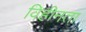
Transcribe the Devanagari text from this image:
विहीनता